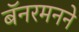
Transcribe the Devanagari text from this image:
बॅनरमनने